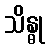
သိန္ဓု